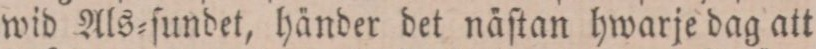
wid Als=ſundet, händer det näſtan hwarje dag att